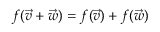
f ( { \vec { v } } + { \vec { w } } ) = f ( { \vec { v } } ) + f ( { \vec { w } } )